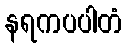
နရကပပါတံ